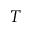
T